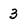
Character: 3